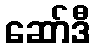
ဆော်ဒီ